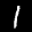
Label: 1